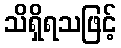
သိရှိရသဖြင့်